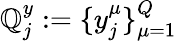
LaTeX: \mathbb{Q}_{j}^{y}:=\{ y_{j}^{\mu}\} _{\mu=1}^{Q}